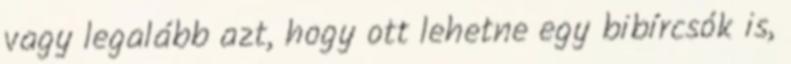
vagy legalább azt, hogy ott lehetne egy bibírcsók is,